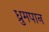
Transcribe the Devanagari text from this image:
ध्रुमपान